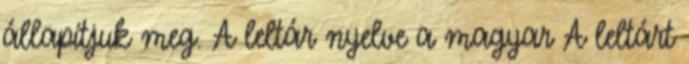
állapítjuk meg. A leltár nyelve a magyar A leltárt